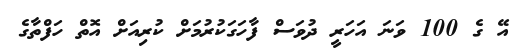
އޭ ގެ 100 ވަނަ އަހަރީ ދުވަސް ފާހަގަކުރުމަށް ކުރިއަށް އޮތް ހަފްތާގެ